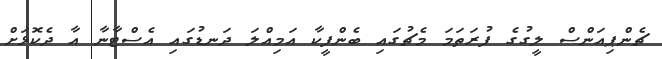
ޗެންޕިއަންސް ލީގުގެ ފުރަތަމަ މެޗުގައި ބެންފީކާ އަމިއްލަ ދަނޑުގައި އެސްޓާނާ އާ ދެކޮޅަށް